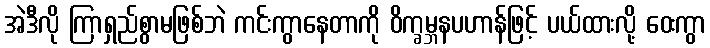
အဲဒီလို ကြာရှည်စွာမဖြစ်ဘဲ ကင်းကွာနေတာကို ဝိက္ခမ္ဘနပဟာန်ဖြင့် ပယ်ထားလို့ ဝေးကွာ